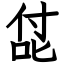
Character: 㖚